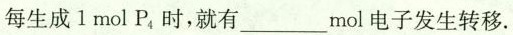
每生成1molP_{4}时，就有___mol电子发生转移.